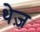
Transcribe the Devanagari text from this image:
थेज़